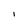
Character: I